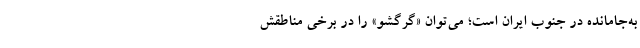
به‌جامانده در جنوب ایران است؛ می‌توان «گِرگِشو» را در برخی مناطقش